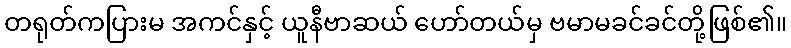
တရုတ်ကပြားမ အကင်နှင့် ယူနီဗာဆယ် ဟော်တယ်မှ ဗမာမခင်ခင်တို့ဖြစ်၏။